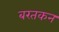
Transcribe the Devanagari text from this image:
बरतकन